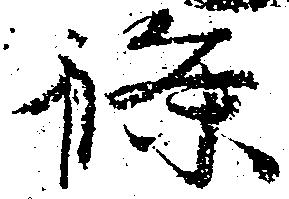
条